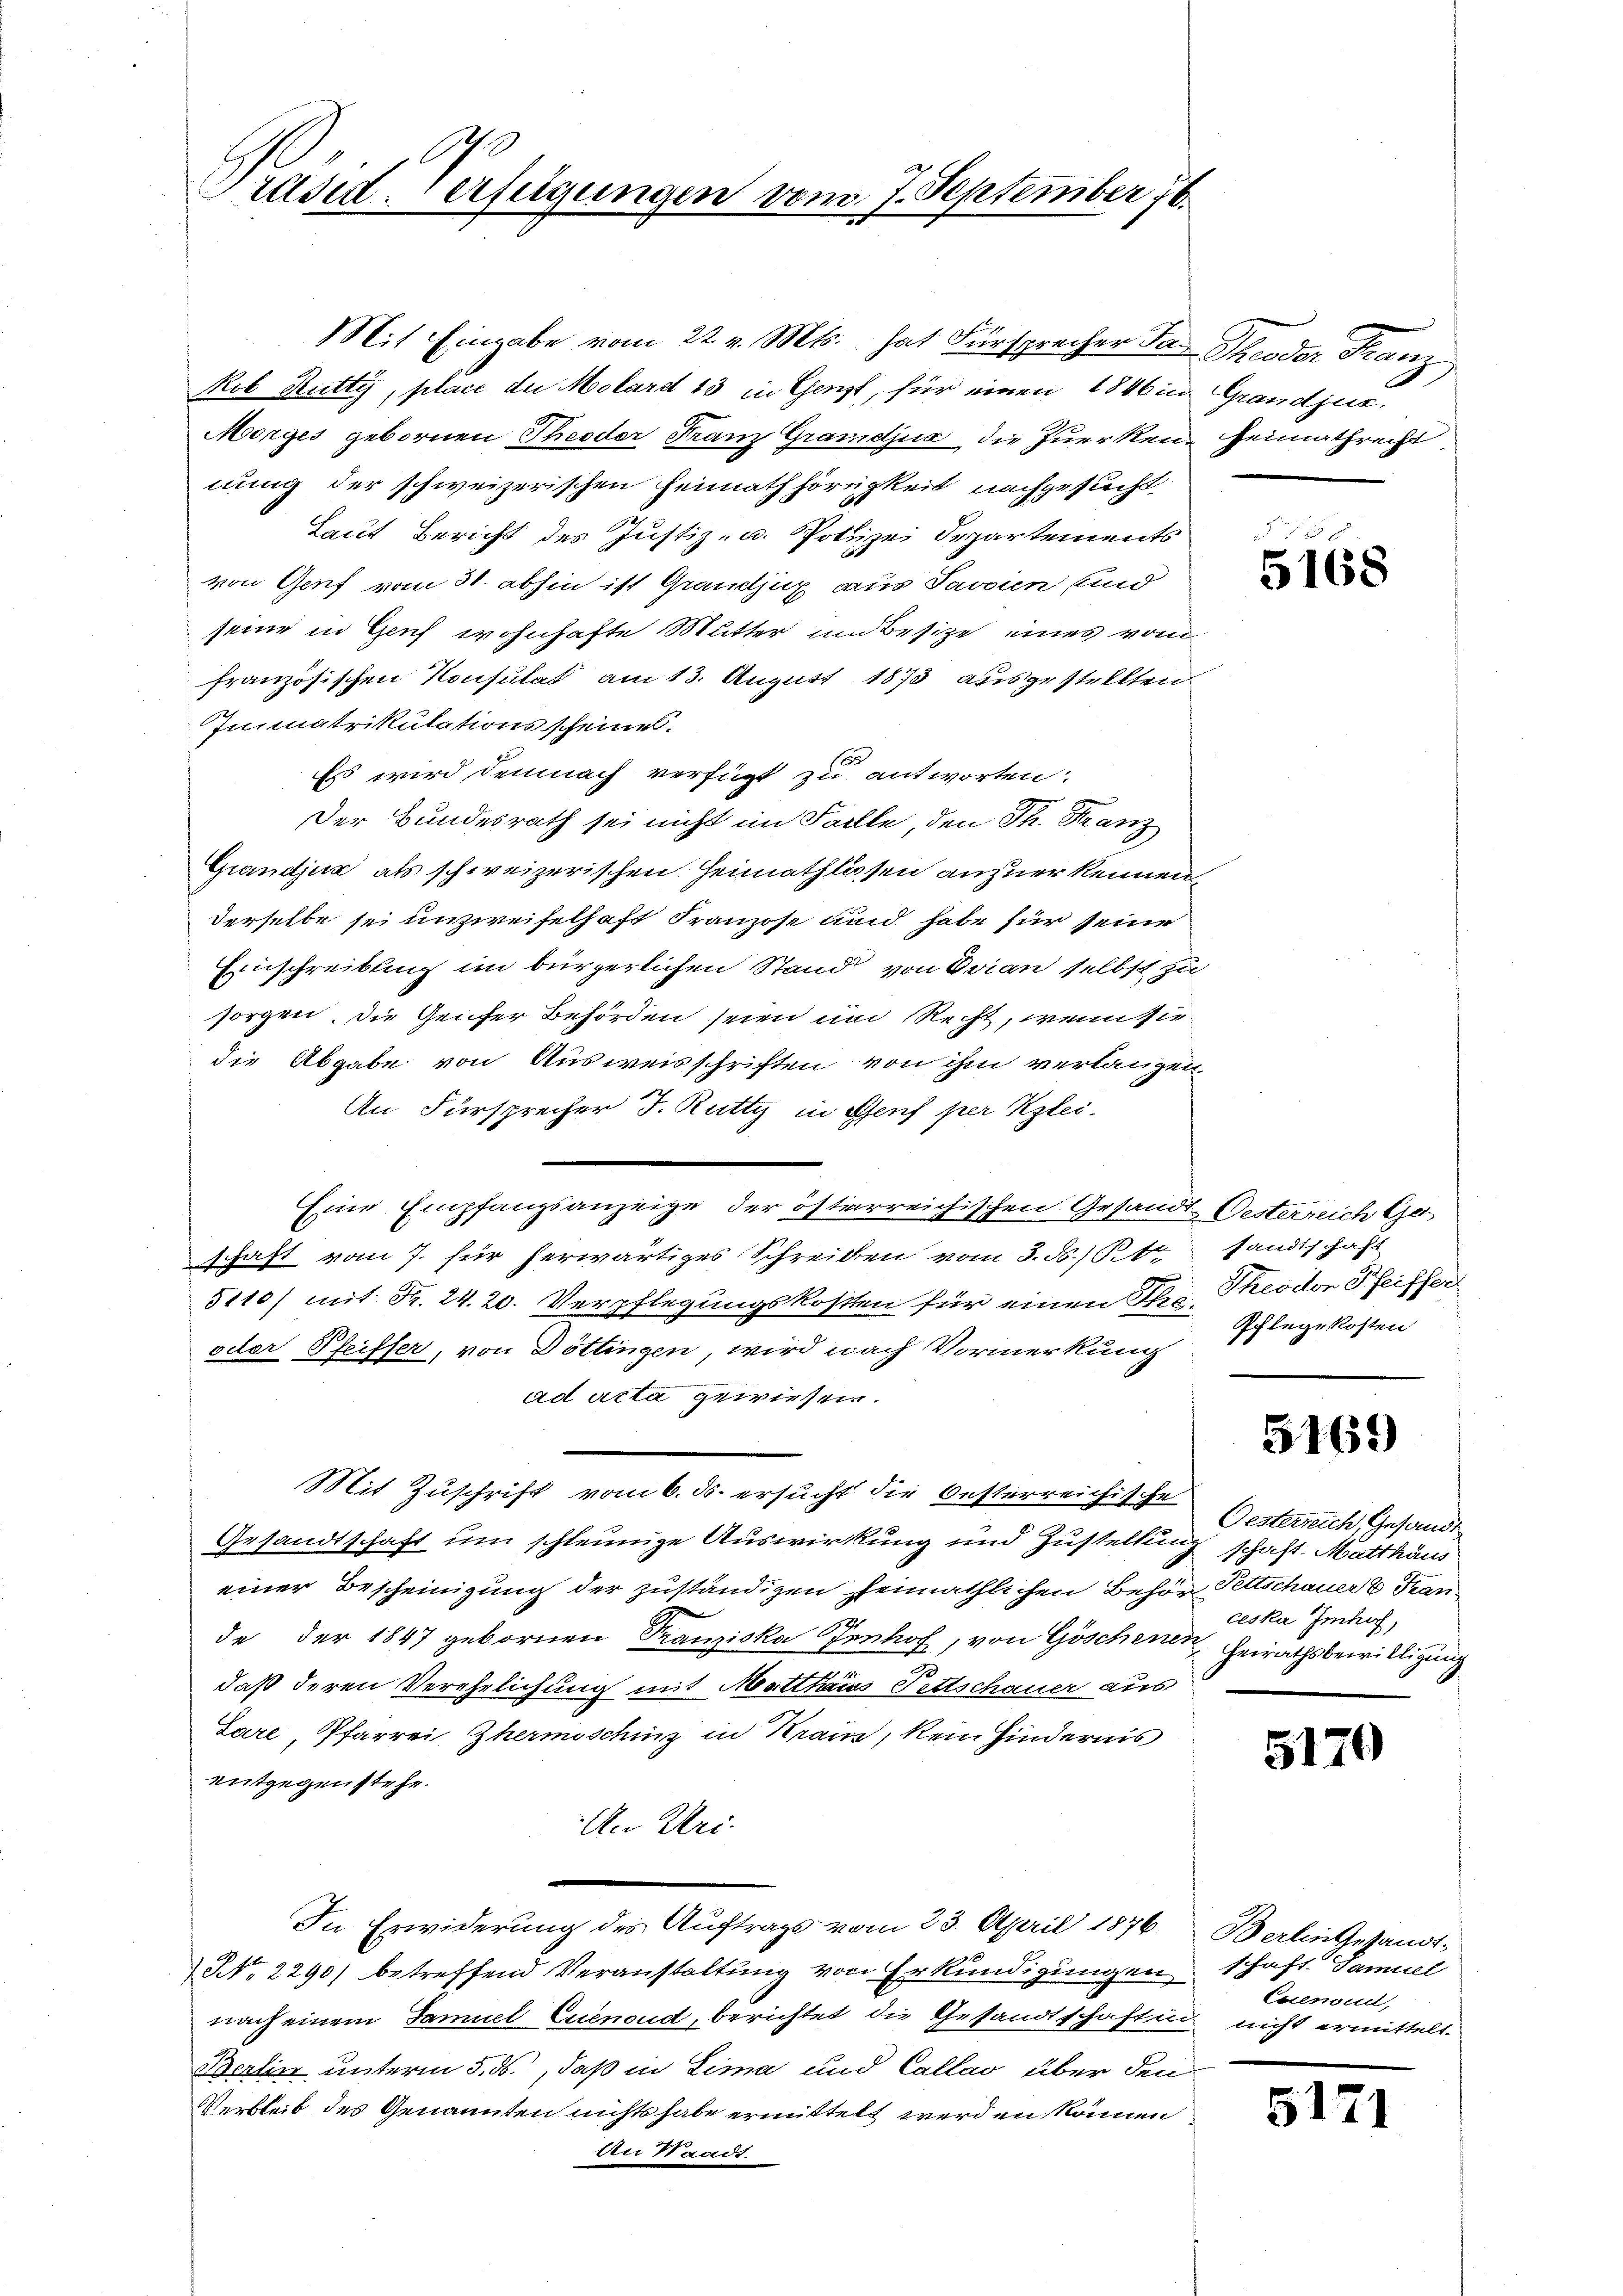
Präsid. Verfügungen vom 7. September 76.

Mit Eingabe vom 22. v. Mts. hat Fürsprecher das Theodor Franz
kob Rutty, place an Molard 13 in Genzt, für einen 1846 in Grandjus,
Morges gebornen Theoder Franz Grandjua die Zuerken, Heimathrecht
nung der schweizerischen Heimath hörigkeit nachgesucht
Laut Bericht des Justiz- u. Polizei Departements
von Genf vom 31. abhin ist Grandjux aus Javaien sind
seine in Genf wohnhafte Mutter und Besitze eines vom
französischen Konsulat am 13. August 1873 ausgestellten
Immatrikulationsscheines.
Es wird demnach verfügt zu antworten.
Der Bundesrath sei nicht im Falle, den Th. Franz
Grandjus als schweizerischen Heimathlossen anzuerkennen.
derselbe sei unzweifelhaft Franzose und habe für seine
Einschreibung im bürgerlichen Stand von Evian selbst zu
sorgen, die Genfer Behörden seien und Recht, wenn sie
die Abgabe von Ausweisschriften von ihm verlangen
An Fürsprecher J. Rutty in Genf per Klei¬
Eine Empfangsanzeige der österreichischen Gesandt-Oesterreich Geschaft vom 7. für herwärtiges Schreiben vom 3. ds. St. sandtschaft
5110) mit Fr. 24. 20. Verpflegungskosten für einen Ihre Theodor Pfeiffen
oder Pfeiffer, von Döttingen, wird nach Vormerkung
ad acta gewiesen.
Mit Zuschrift vom 6. ds. ersucht die Oesterreichische
Gesandtschaft um schleunige Auswirkung und Zustellung schaft. Matthäus
einer Bescheinigung der zuständigen heimathlichen Behör Pettschauer & Trande der 1847 gebornen Franziska Jenhof, von Göschenen,
daß deren Verehelichung mit Matthards Pettschauer aus
Lare, Pfarrei Thermoschinz in Krain, kein Hindernis
entgegenstehe.
An Uri.
In Erwiderung des Auftrags vom 23. April 1876 Berlin Gesandt¬
NNo. 2290) betreffend Veranstaltung von Erkundigungen schaft Samuel
nach einem Famuel Euenoud, berichtet die Gesandtschaften nicht ermittelt.
Berlin unterm 5. ds., daß in Lima und Callas über den
Verbleib des Genannten nichts habe ermittelt werden können
den Standt.

§. 15
5168

Pflegekosten

5169

Oesterreich, Gesandt
ceska Imhof,
Heirathsbewilligung

5170

Euenud,

5171